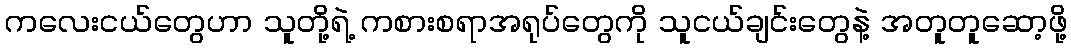
ကလေးငယ်တွေဟာ သူတို့ရဲ့ ကစားစရာအရုပ်တွေကို သူငယ်ချင်းတွေနဲ့ အတူတူဆော့ဖို့